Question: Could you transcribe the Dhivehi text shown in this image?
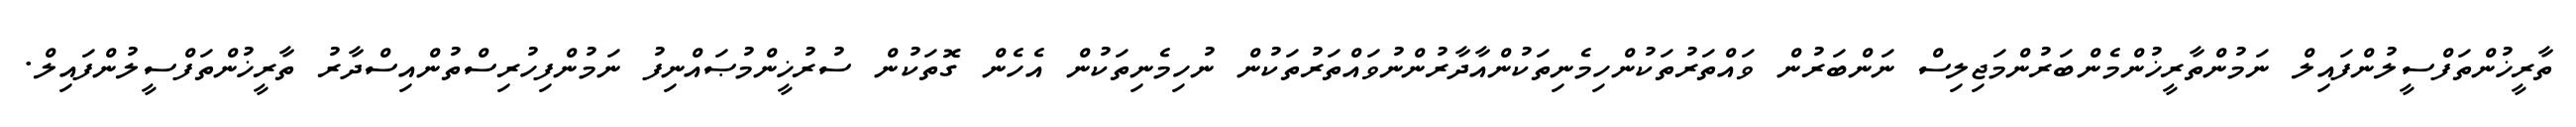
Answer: ތާރީޚުންތަފްސީލުންފައިލް ނަމުންތާރީޚުންމެންބަރުންމަޖިލިސް ނަންބަރުން ވައްތަރުތަކުންހިމެނިތަކުންއާދާރުންނުވައްތަރުތަކުން ނުހިމެނިތަކުން އެހެން ގޮތަކުން ސުރުޚީންމުޞައްނިފު ނަމުންފިހުރިސްތުންއިސްދާރު ތާރީޚުންތަފްސީލުންފައިލް.